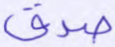
صدق